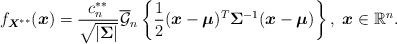
LaTeX: \begin{align*}f_{\boldsymbol{X}^{\ast\ast}}(\boldsymbol{x})=\frac{c_{n}^{\ast\ast}}{\sqrt{|\boldsymbol{\Sigma}|}}\overline{\mathcal{G}}_{n}\left\{\frac{1}{2}(\boldsymbol{x}-\boldsymbol{\mu})^{T}\mathbf{\Sigma}^{-1}(\boldsymbol{x}-\boldsymbol{\mu})\right\},~\boldsymbol{x}\in\mathbb{R}^{n}.\end{align*}